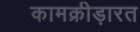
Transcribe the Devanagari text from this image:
कामक्रीड़ारत